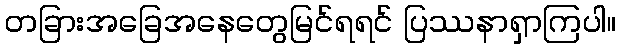
တခြားအခြေအနေတွေမြင်ရရင် ပြဿနာရှာကြပါ။